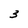
Character: 3